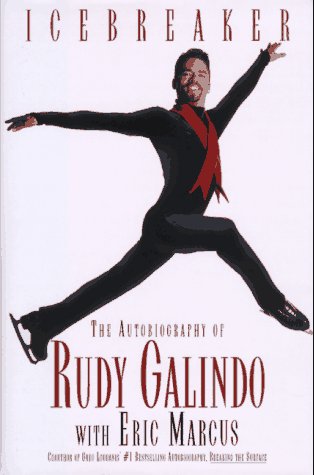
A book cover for Icebreaker the Autobiography of Rudy Galindo; Rudy Galindo; Sports & Outdoors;